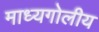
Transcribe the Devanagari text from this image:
माध्यगोलीय